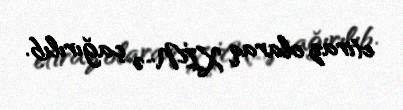
etiraz olaraq XİN-ə çağırılıb.